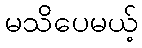
မသိပေမယ့်